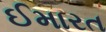
ઈમારત